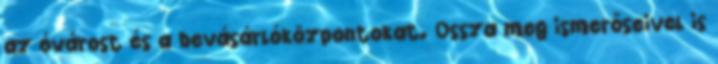
az óvárost és a bevásárlóközpontokat. Ossza meg ismerőseivel is